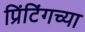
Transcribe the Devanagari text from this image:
प्रिंटिंगच्या